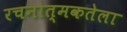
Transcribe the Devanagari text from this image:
रचनात्मकतेला